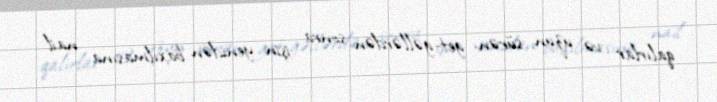
qalırlar və uzun sürən get-gəllərdən sonra işin yenidən baxılmasına nail